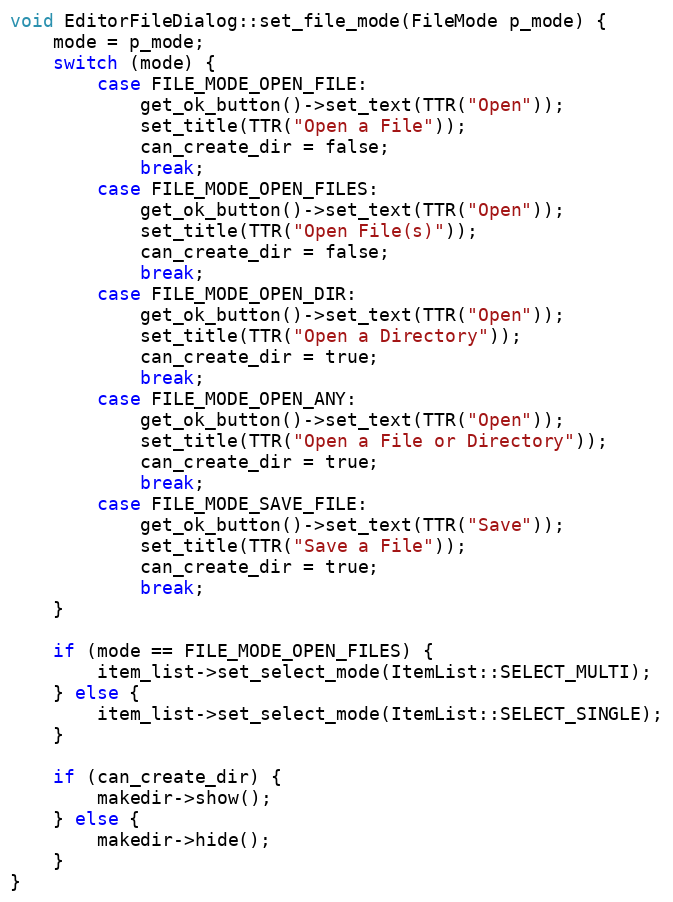
Language: C++
void EditorFileDialog::set_file_mode(FileMode p_mode) {
	mode = p_mode;
	switch (mode) {
		case FILE_MODE_OPEN_FILE:
			get_ok_button()->set_text(TTR("Open"));
			set_title(TTR("Open a File"));
			can_create_dir = false;
			break;
		case FILE_MODE_OPEN_FILES:
			get_ok_button()->set_text(TTR("Open"));
			set_title(TTR("Open File(s)"));
			can_create_dir = false;
			break;
		case FILE_MODE_OPEN_DIR:
			get_ok_button()->set_text(TTR("Open"));
			set_title(TTR("Open a Directory"));
			can_create_dir = true;
			break;
		case FILE_MODE_OPEN_ANY:
			get_ok_button()->set_text(TTR("Open"));
			set_title(TTR("Open a File or Directory"));
			can_create_dir = true;
			break;
		case FILE_MODE_SAVE_FILE:
			get_ok_button()->set_text(TTR("Save"));
			set_title(TTR("Save a File"));
			can_create_dir = true;
			break;
	}

	if (mode == FILE_MODE_OPEN_FILES) {
		item_list->set_select_mode(ItemList::SELECT_MULTI);
	} else {
		item_list->set_select_mode(ItemList::SELECT_SINGLE);
	}

	if (can_create_dir) {
		makedir->show();
	} else {
		makedir->hide();
	}
}